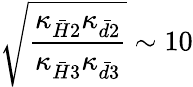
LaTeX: \sqrt{{\frac{\kappa_{{\bar{H}}2}\kappa_{{\bar{d}}2}}{\kappa_{{\bar{H}}3}\kappa_{{\bar{d}}3}}}}\sim 10